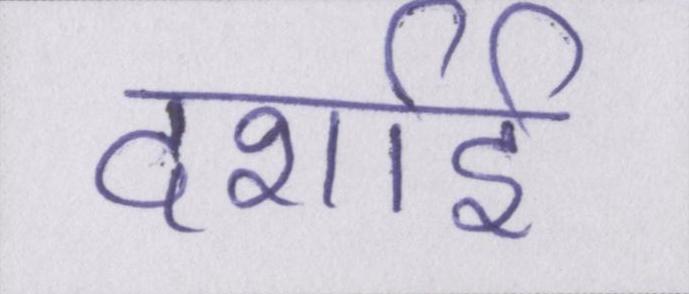
दर्शाई